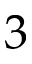
3